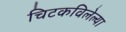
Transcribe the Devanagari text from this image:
चिटकविलेल्या